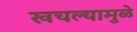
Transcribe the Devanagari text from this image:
खचल्यामुळे